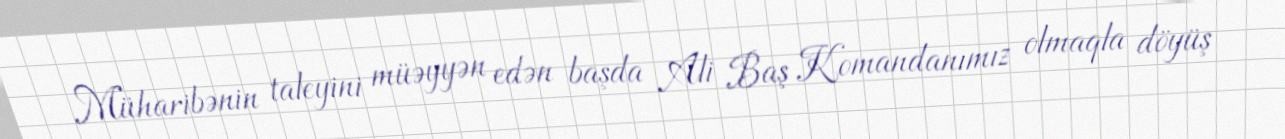
Müharibənin taleyini müəyyən edən başda Ali Baş Komandanımız olmaqla döyüş